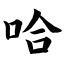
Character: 哈